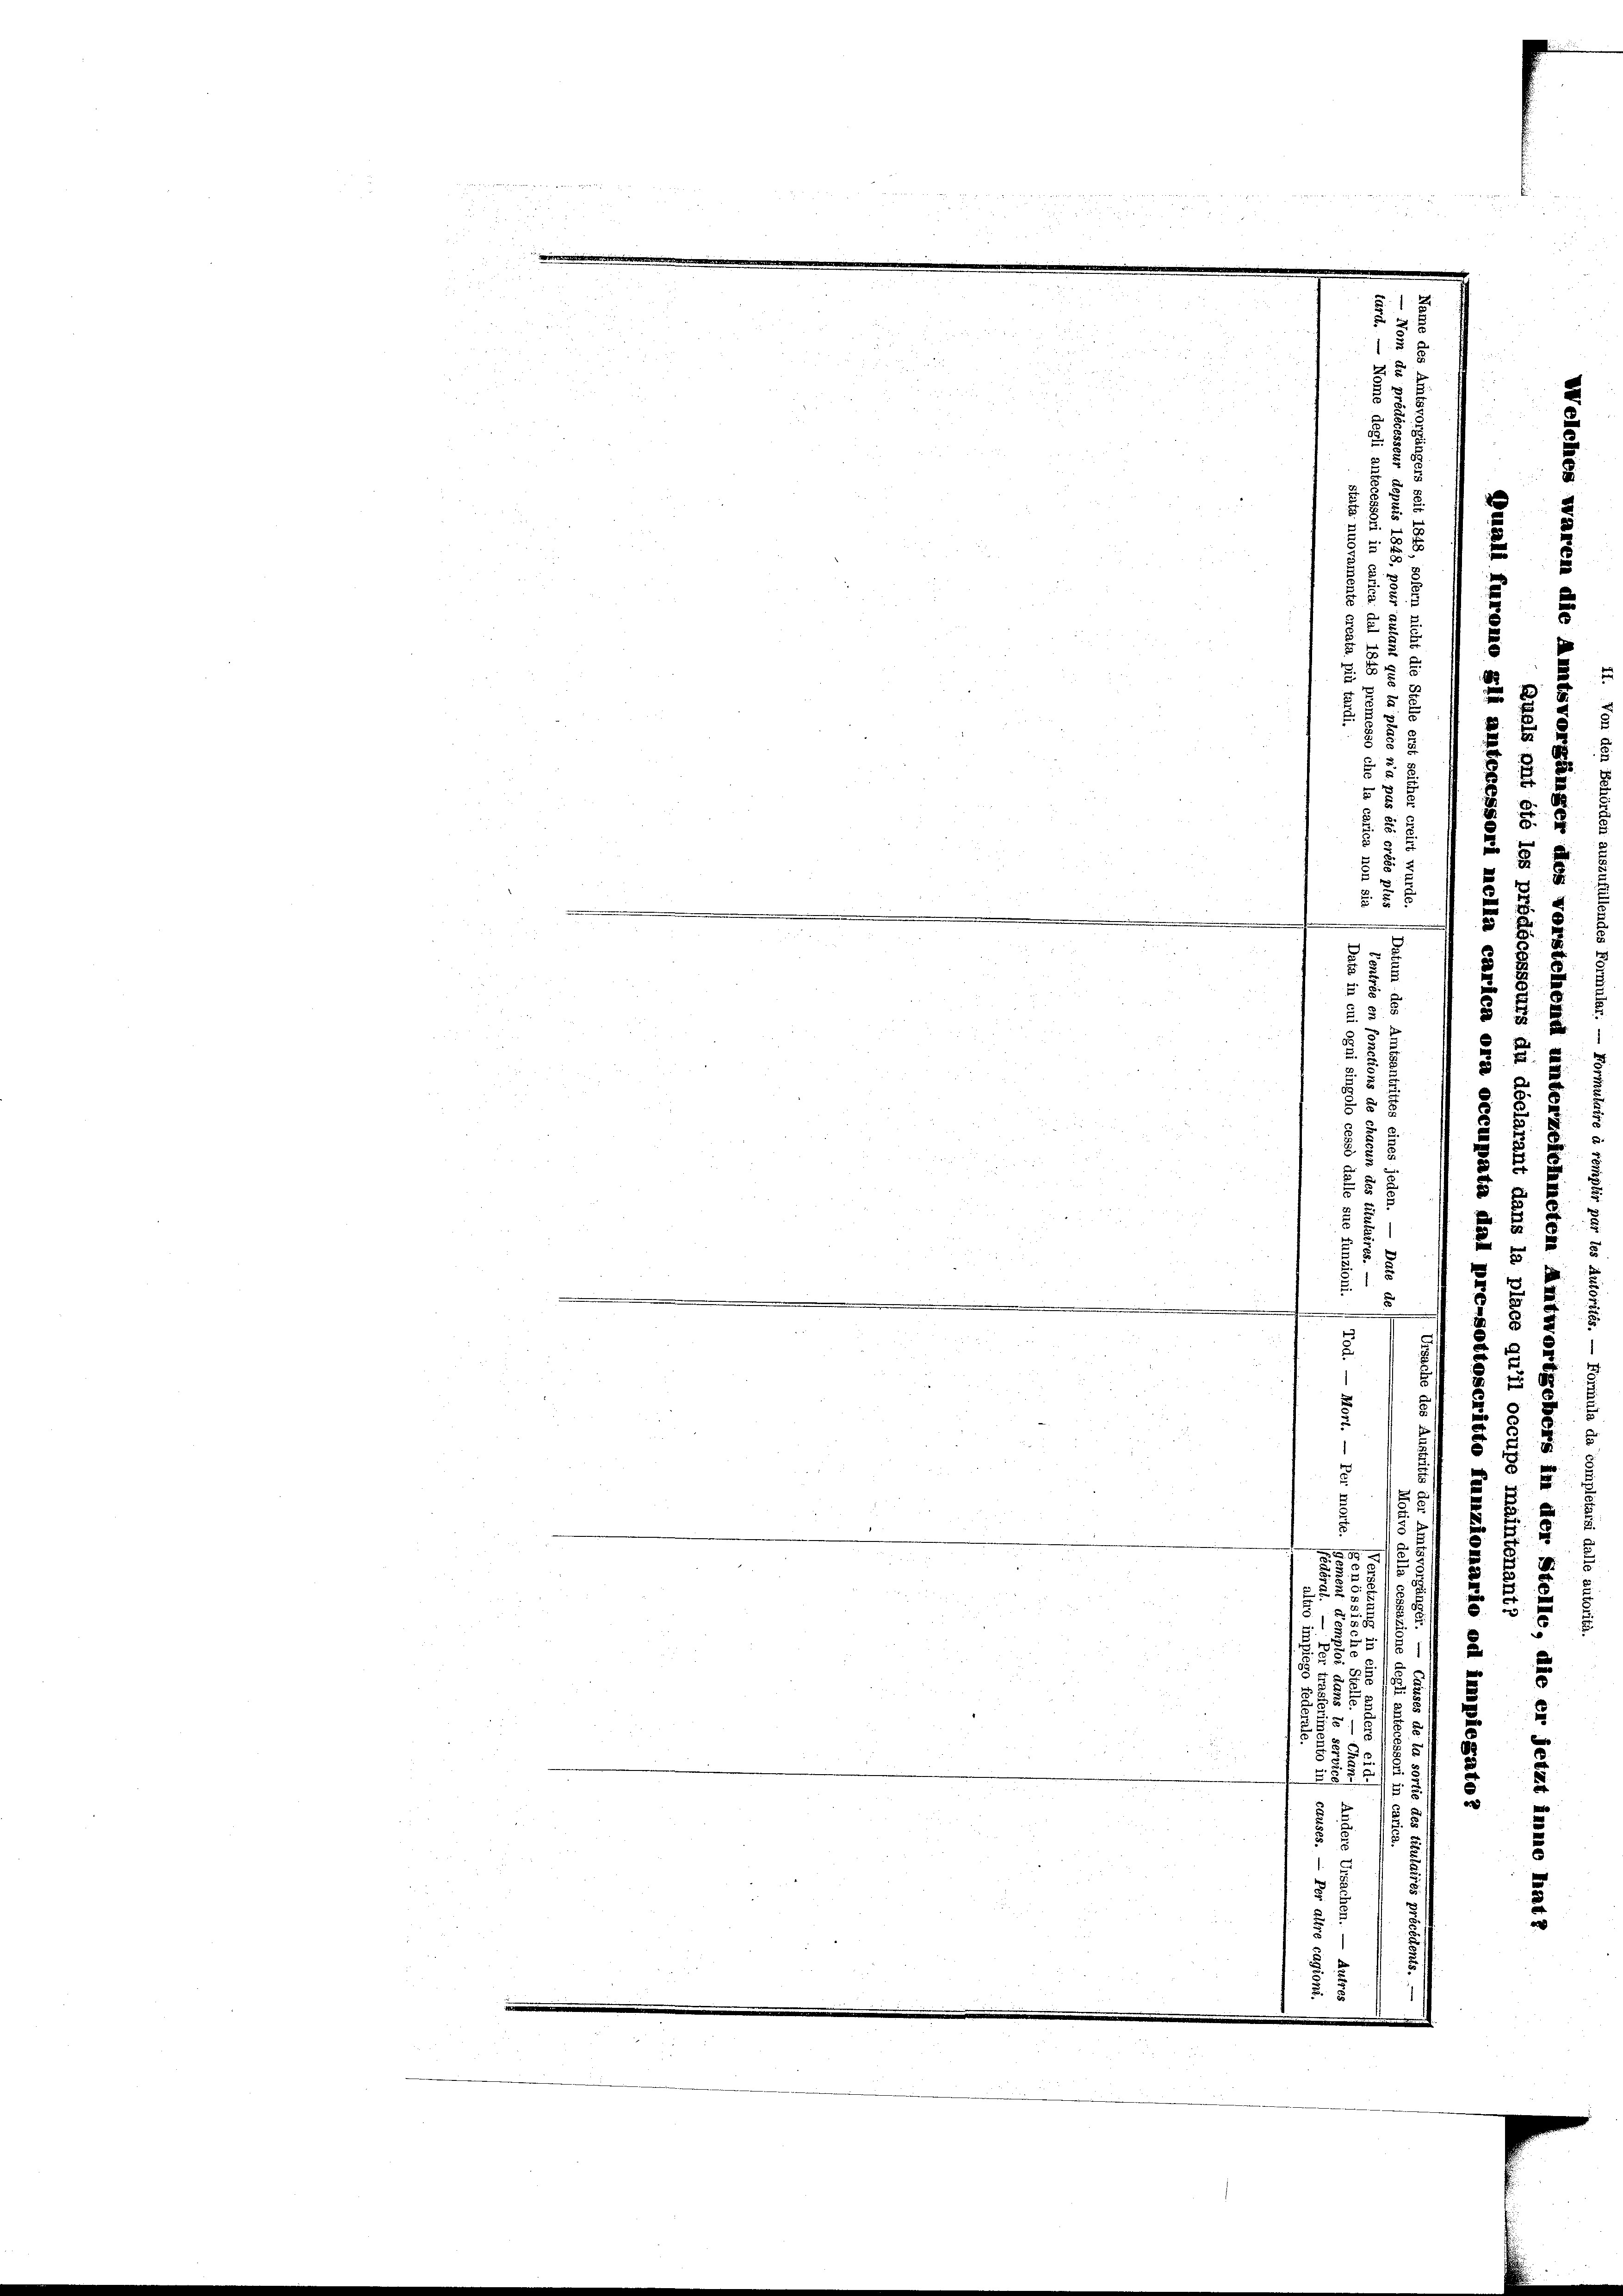
2
x

.

5
§ 5

2
8

u
a
2
bi

.
u

2
.
i
j
.
2
u
5
x
.
52
 2
e
5 xx
du
u
2/
5
55
u
e
58 x 2
.
t

 2
3
u
5
u
n
e
muund: